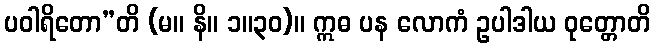
ပဝါရိတော”တိ (မ။ နိ။ ၁။၃၀)။ ဣဓ ပန လောကံ ဥပါဒါယ ဝုတ္တောတိ